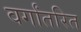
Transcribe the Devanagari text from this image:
वर्गांतरित